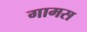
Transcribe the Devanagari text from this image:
गामस